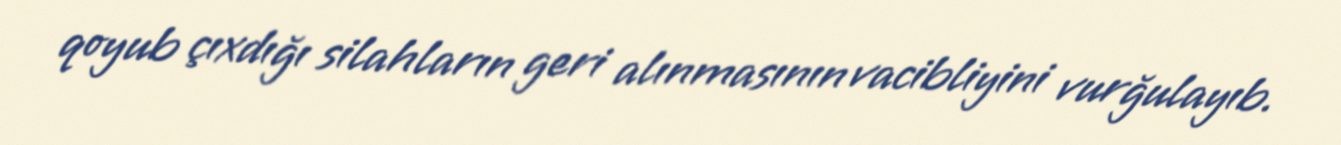
qoyub çıxdığı silahların geri alınmasının vacibliyini vurğulayıb.